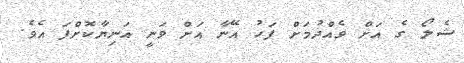
ޝެލޯ ގެ އަށް ވެއްދުމަށް ފަހު އޭނާ އަށް ވަނީ އަނިިޔާކޮށްފަ އެވެ.